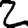
Digit: 2